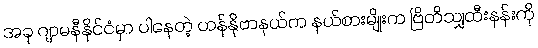
အခု ဂျာမနီနိုင်ငံမှာ ပါနေတဲ့ ဟန်နိုဗာနယ်က နယ်စားမျိုးက ဗြိတိသျှထီးနန်းကို